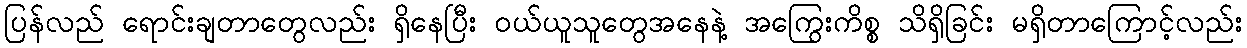
ပြန်လည် ရောင်းချတာတွေလည်း ရှိနေပြီး ဝယ်ယူသူတွေအနေနဲ့ အကြွေးကိစ္စ သိရှိခြင်း မရှိတာကြောင့်လည်း